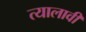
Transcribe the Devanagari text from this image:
त्यालावी